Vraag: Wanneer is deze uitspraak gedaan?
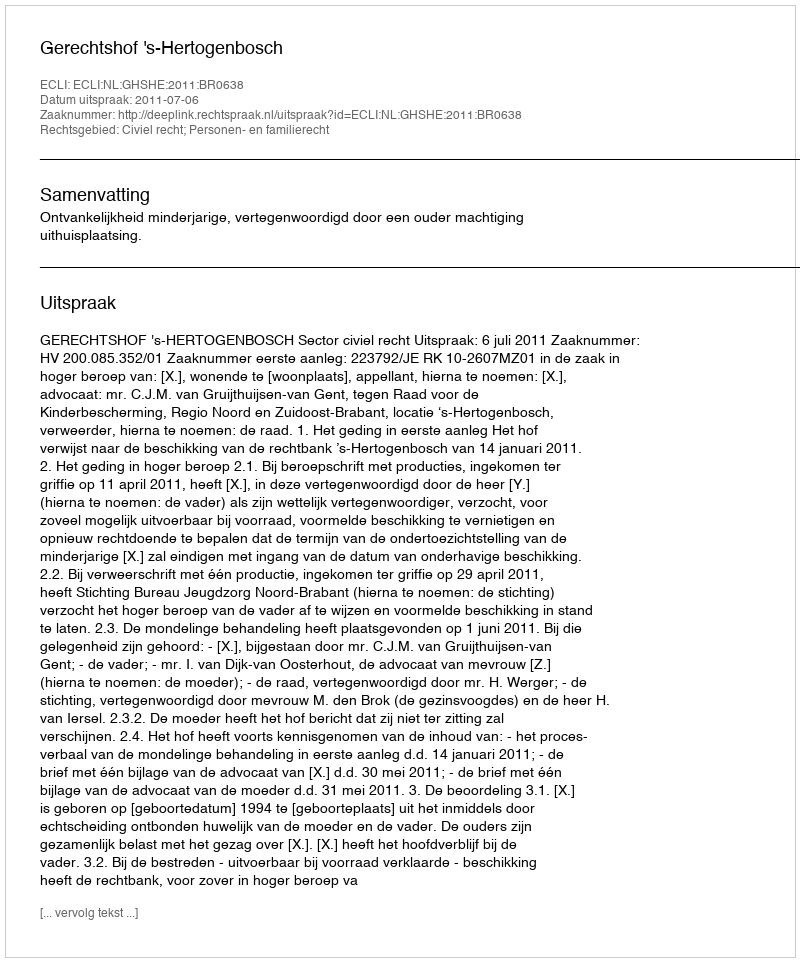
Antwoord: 2011-07-06